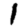
Digit: 1